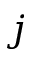
j